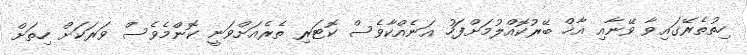
ހިތުތެރޭގައިވާ ވޭނާއި އާޚް ބޭރުކޮއްލުމަށްފަހު އަނެއްކާވެސް ކޮޓަރި ތެރެއަށްވަނީ ކޮންމެވެސް ވަރަކަށް ހިތަށް